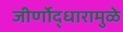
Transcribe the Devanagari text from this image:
जीर्णोद्धारामुळे